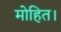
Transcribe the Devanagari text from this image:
मोहित।